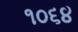
૧૦૬૪